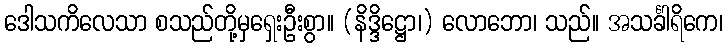
ဒေါသကိလေသာ စသည်တို့မှရှေးဦးစွာ။ (နိဒ္ဒိဋ္ဌော၊) လောဘော၊ သည်။ အသင်္ခါရိကေ၊